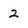
Character: 2